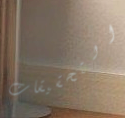
التحقيقات